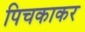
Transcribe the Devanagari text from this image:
पिचकाकर